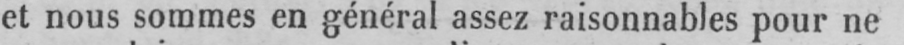
et nous sommes en général assez raisonnables pour ne